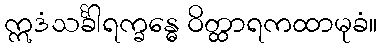
ဣဒံသင်္ခါရက္ခန္ဓေ ဝိတ္ထာရကထာမုခံ။